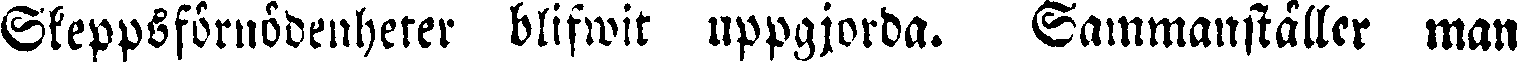
Skeppsförnödenheter blifwit uppgjorda. Sammanställer man